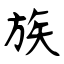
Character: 族